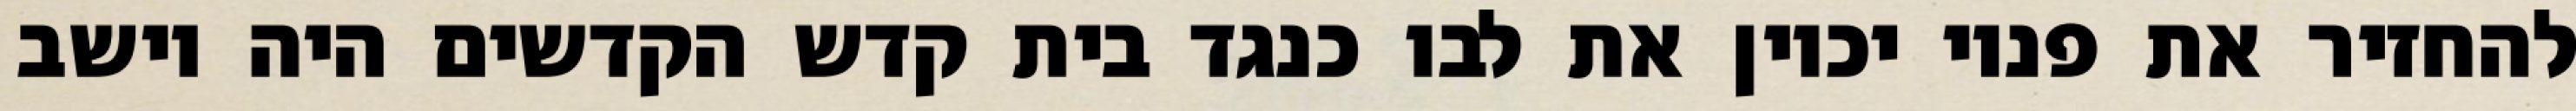
להחזיר את פניו יכוין את לבו כנגד בית קדש הקדשים היה יושב